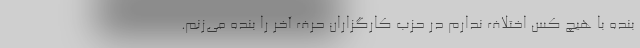
بنده با هیچ کس اختلاف ندارم در حزب کارگزاران حرف آخر را بنده می‌زنم.